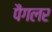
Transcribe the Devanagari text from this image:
पैगलर